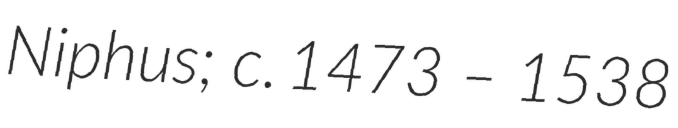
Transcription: Niphus; c. 1473 – 1538